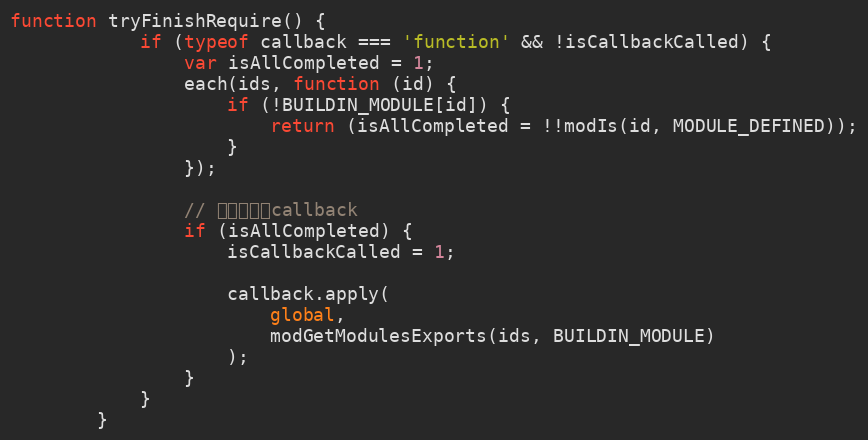
Language: JavaScript
function tryFinishRequire() {
            if (typeof callback === 'function' && !isCallbackCalled) {
                var isAllCompleted = 1;
                each(ids, function (id) {
                    if (!BUILDIN_MODULE[id]) {
                        return (isAllCompleted = !!modIs(id, MODULE_DEFINED));
                    }
                });

                // 检测并调用callback
                if (isAllCompleted) {
                    isCallbackCalled = 1;

                    callback.apply(
                        global,
                        modGetModulesExports(ids, BUILDIN_MODULE)
                    );
                }
            }
        }